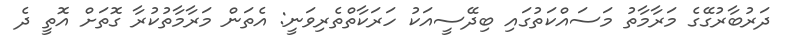
ދަރުބާރުގޭގެ މަރާމާތު މަސައްކަތުގައި ބިދޭސީއަކު ހަރަކާތްތެރިވަނީ: އެތަން މަރާމާތުކުރާ ގޮތަށް އޮތީ ދެ